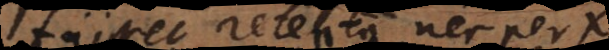
fuisset retenta nec per x